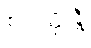
စတုတ္ထန္တိ